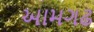
આમગઢ